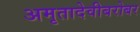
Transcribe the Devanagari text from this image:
अमृतादेवीबरोबर